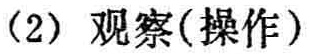
（2）观察(操作)